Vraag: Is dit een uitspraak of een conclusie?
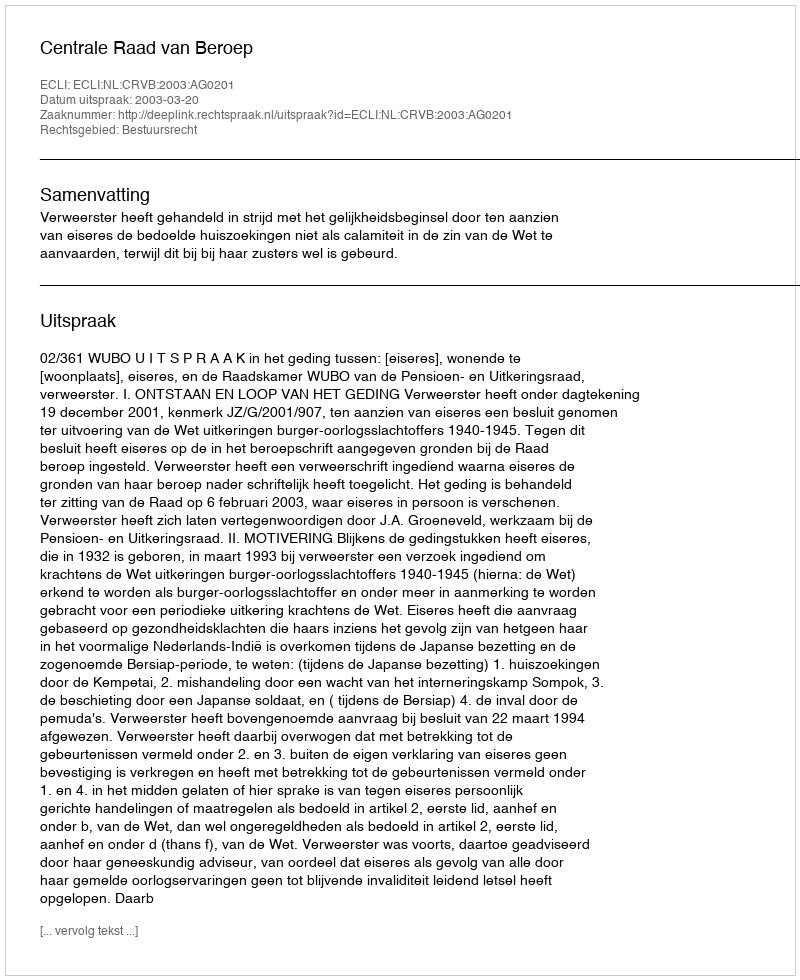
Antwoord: Uitspraak